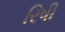
રિષી